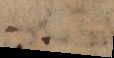
.